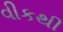
વીકથી